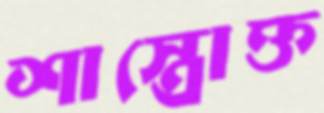
শাস্ত্রোক্ত